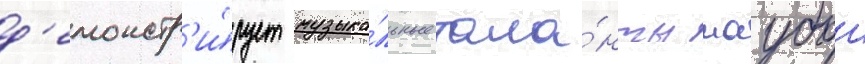
д'емонстр'и́рует музыка́льные тала́нты маубои